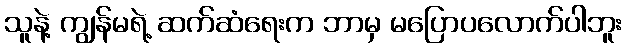
သူနဲ့ ကျွန်မရဲ့ ဆက်ဆံရေးက ဘာမှ မပြောပလောက်ပါဘူး